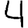
Digit: 4